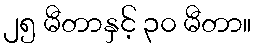
၂၅ မီတာနှင့် ၃၀ မီတာ။